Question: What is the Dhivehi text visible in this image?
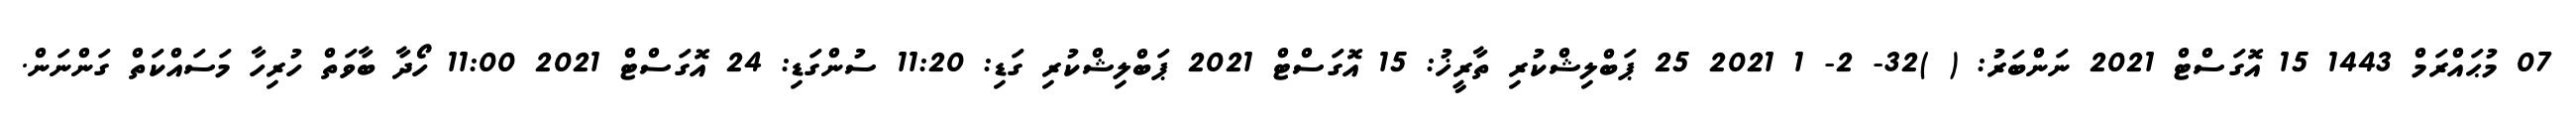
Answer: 07 މުޙައްރަމް 1443 15 އޮގަސްޓް 2021 ނަންބަރު: ( )32- 2- 1 2021 25 ޕަބްލިޝްކުރި ތާރީޚު: 15 އޮގަސްޓް 2021 ޕަބްލިޝްކުރި ގަޑި: 11:20 ސުންގަޑި: 24 އޮގަސްޓް 2021 11:00 ހޯދާ ބާވަތް ހުރިހާ މަސައްކަތް ގަންނަން.